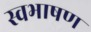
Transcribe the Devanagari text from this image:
स्वभाषण